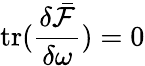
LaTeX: \mathrm{tr}(\frac{\delta\bar{\mathcal{F}}}{\delta\omega})=0